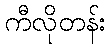
ကီလိုတန်း